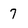
Character: 7